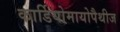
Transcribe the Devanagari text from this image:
कार्डियोमायोपैथीज